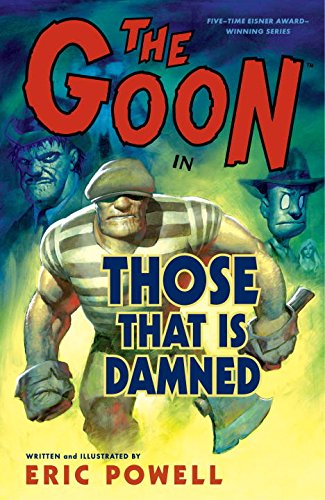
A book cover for The Goon, Volume 8: Those That Is Damned; Eric Powell; Comics & Graphic Novels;